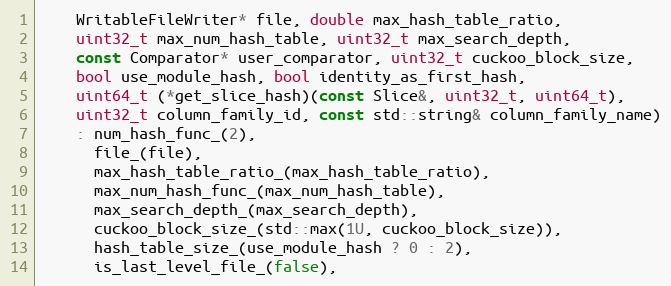
Language: C++
    WritableFileWriter* file, double max_hash_table_ratio,
    uint32_t max_num_hash_table, uint32_t max_search_depth,
    const Comparator* user_comparator, uint32_t cuckoo_block_size,
    bool use_module_hash, bool identity_as_first_hash,
    uint64_t (*get_slice_hash)(const Slice&, uint32_t, uint64_t),
    uint32_t column_family_id, const std::string& column_family_name)
    : num_hash_func_(2),
      file_(file),
      max_hash_table_ratio_(max_hash_table_ratio),
      max_num_hash_func_(max_num_hash_table),
      max_search_depth_(max_search_depth),
      cuckoo_block_size_(std::max(1U, cuckoo_block_size)),
      hash_table_size_(use_module_hash ? 0 : 2),
      is_last_level_file_(false),